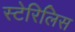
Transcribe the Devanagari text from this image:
स्टेरिलिस